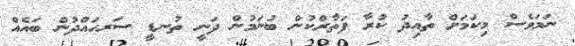
ނަމަވެސް މިކަމަށް ތާއިދު ކުރާ ފަތާރްކުން ބުނަމުން ދަނީ ތުނޑީ ސަރހައްދުން ބައެއް